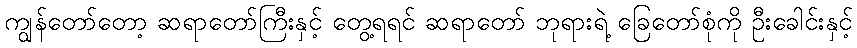
ကျွန်တော်တော့ ဆရာတော်ကြီးနှင့် တွေ့ရရင် ဆရာတော် ဘုရားရဲ့ ခြေတော်စုံကို ဦးခေါင်းနှင့်